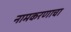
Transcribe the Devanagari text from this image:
नामकरणाचा